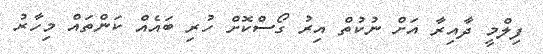
ފިލްމީ ދާއިރާ އަށް ނުކުތް އިރު ގޯސްކޮށް ހުރި ބައެއް ކަންތައް މިހާރު